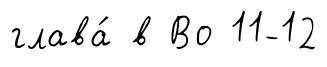
глава́ в Во 11-12